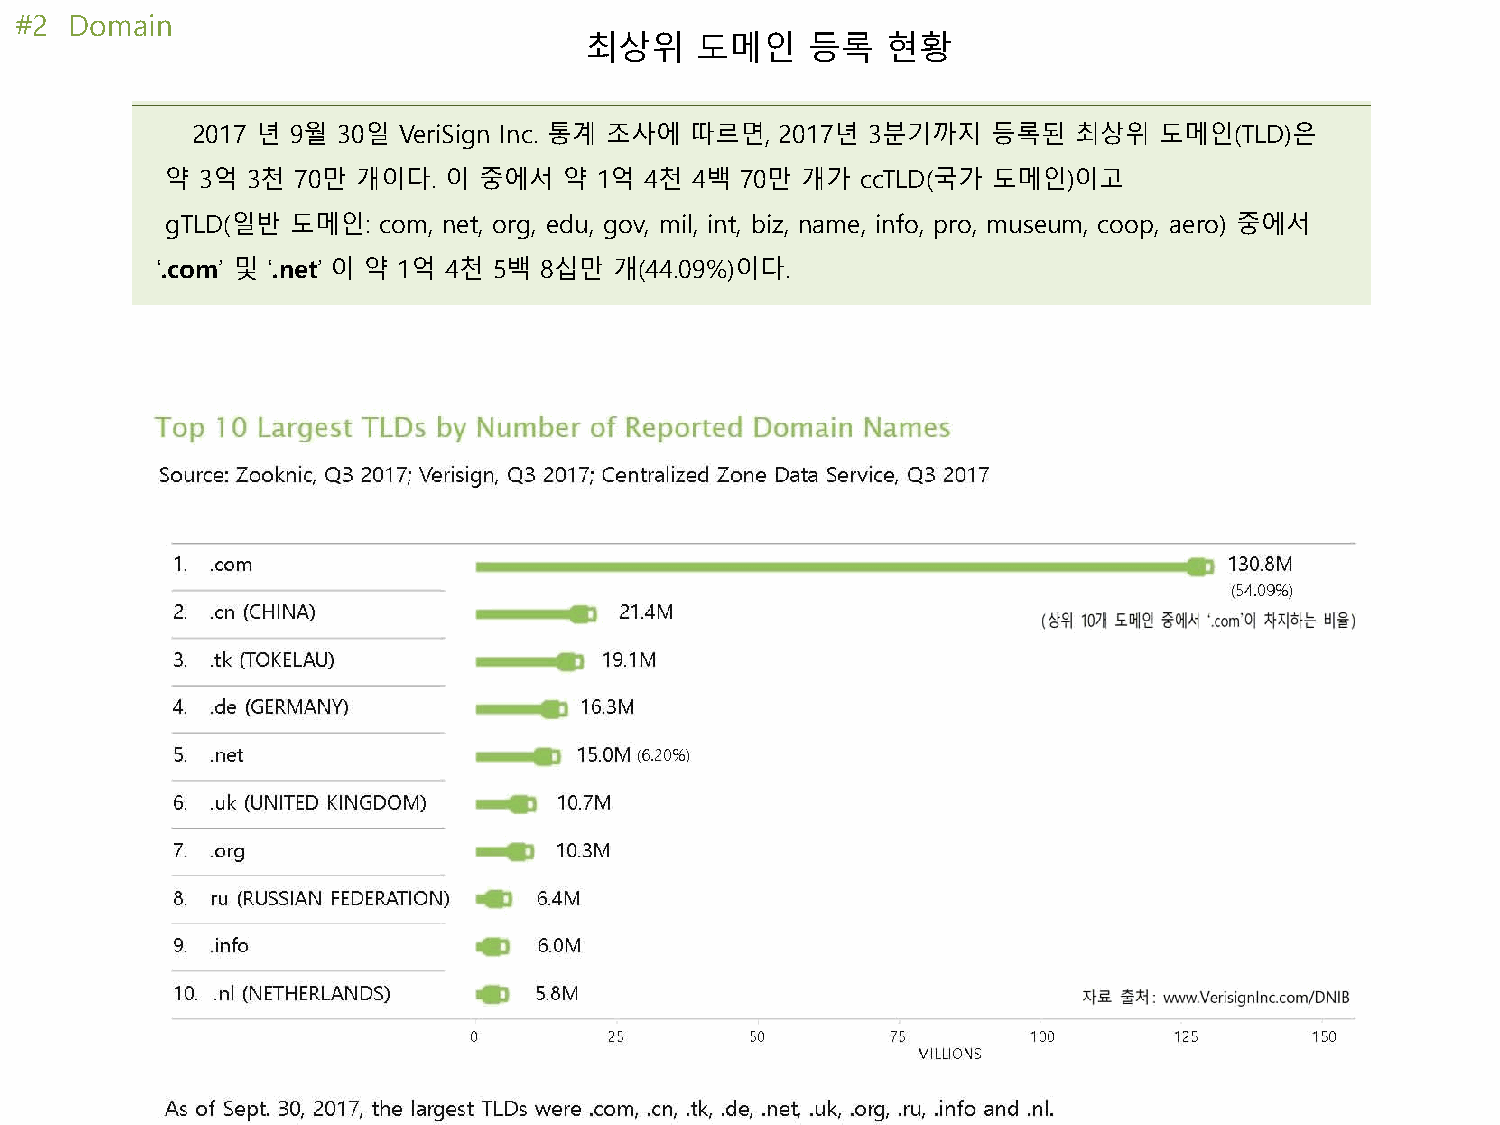
#2  Domain
 최상위    도메인    등록    현황
 2017 년 9월 30일 VeriSign Inc. 통계 조사에 따르면, 2017년 3분기까지  등록된  최상위   도메인(TLD)은
 약 3억 3천 70만  개이다. 이  중에서  약  1억 4천 4백 70만 개가  ccTLD(국가 도메인)이고
 gTLD(일반 도메인:  com, net, org, edu, gov, mil, int, biz, name, info, pro, museum, coop, aero) 중에서
 ‘.com’ 및 ‘.net’ 이 약 1억 4천 5백 8십만 개(44.09%)이다.